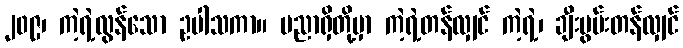
၂၀၉၊ ကဲ့ရဲ့လွန်သော ဥပါသကာ။ ပညာရှိတို့မှာ ကဲ့ရဲ့တန်လျှင် ကဲ့ရဲ့၊ ချီးမွမ်းတန်လျှင်